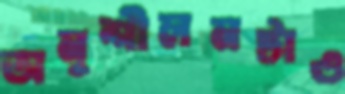
অনুশীলনটাও